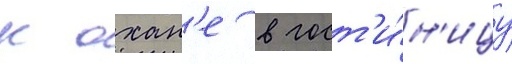
к охан'е в гост'и́н'ицу